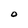
Character: O